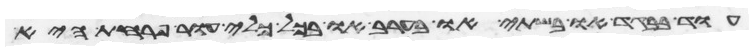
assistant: עוד בבגד או בשתי או בערב או בכל כלי עור פרחת היא